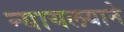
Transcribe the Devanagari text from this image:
न्यायलयाने